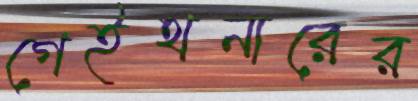
গেইথনারের